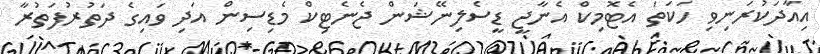
އިއާދަކުރަނިވި ހަކަތަ އެޓޮމިކް އެނާޖީ ޑީސެލިނޭޝަން ޖެނެޓިކް މެޑިސިން އަދި ވައިގެ ދަތުރުފަތުރާ